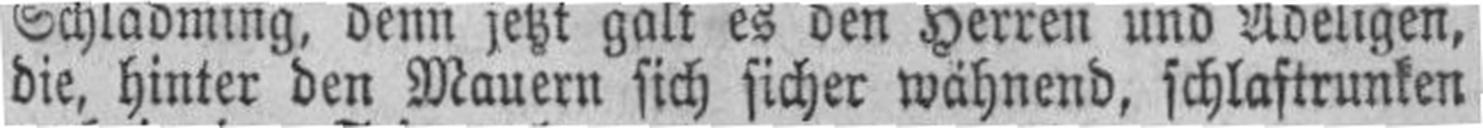
die, hinter den Mauern sich sicher wähnend, schlastrunken